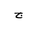
Letter: _gim